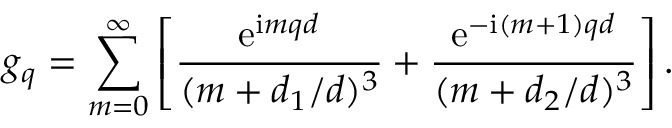
g _ { q } = \sum _ { m = 0 } ^ { \infty } \left[ \frac { \mathrm { e } ^ { \mathrm { i } m q d } } { ( m + d _ { 1 } / d ) ^ { 3 } } + \frac { \mathrm { e } ^ { - \mathrm { i } ( m + 1 ) q d } } { ( m + d _ { 2 } / d ) ^ { 3 } } \right] .